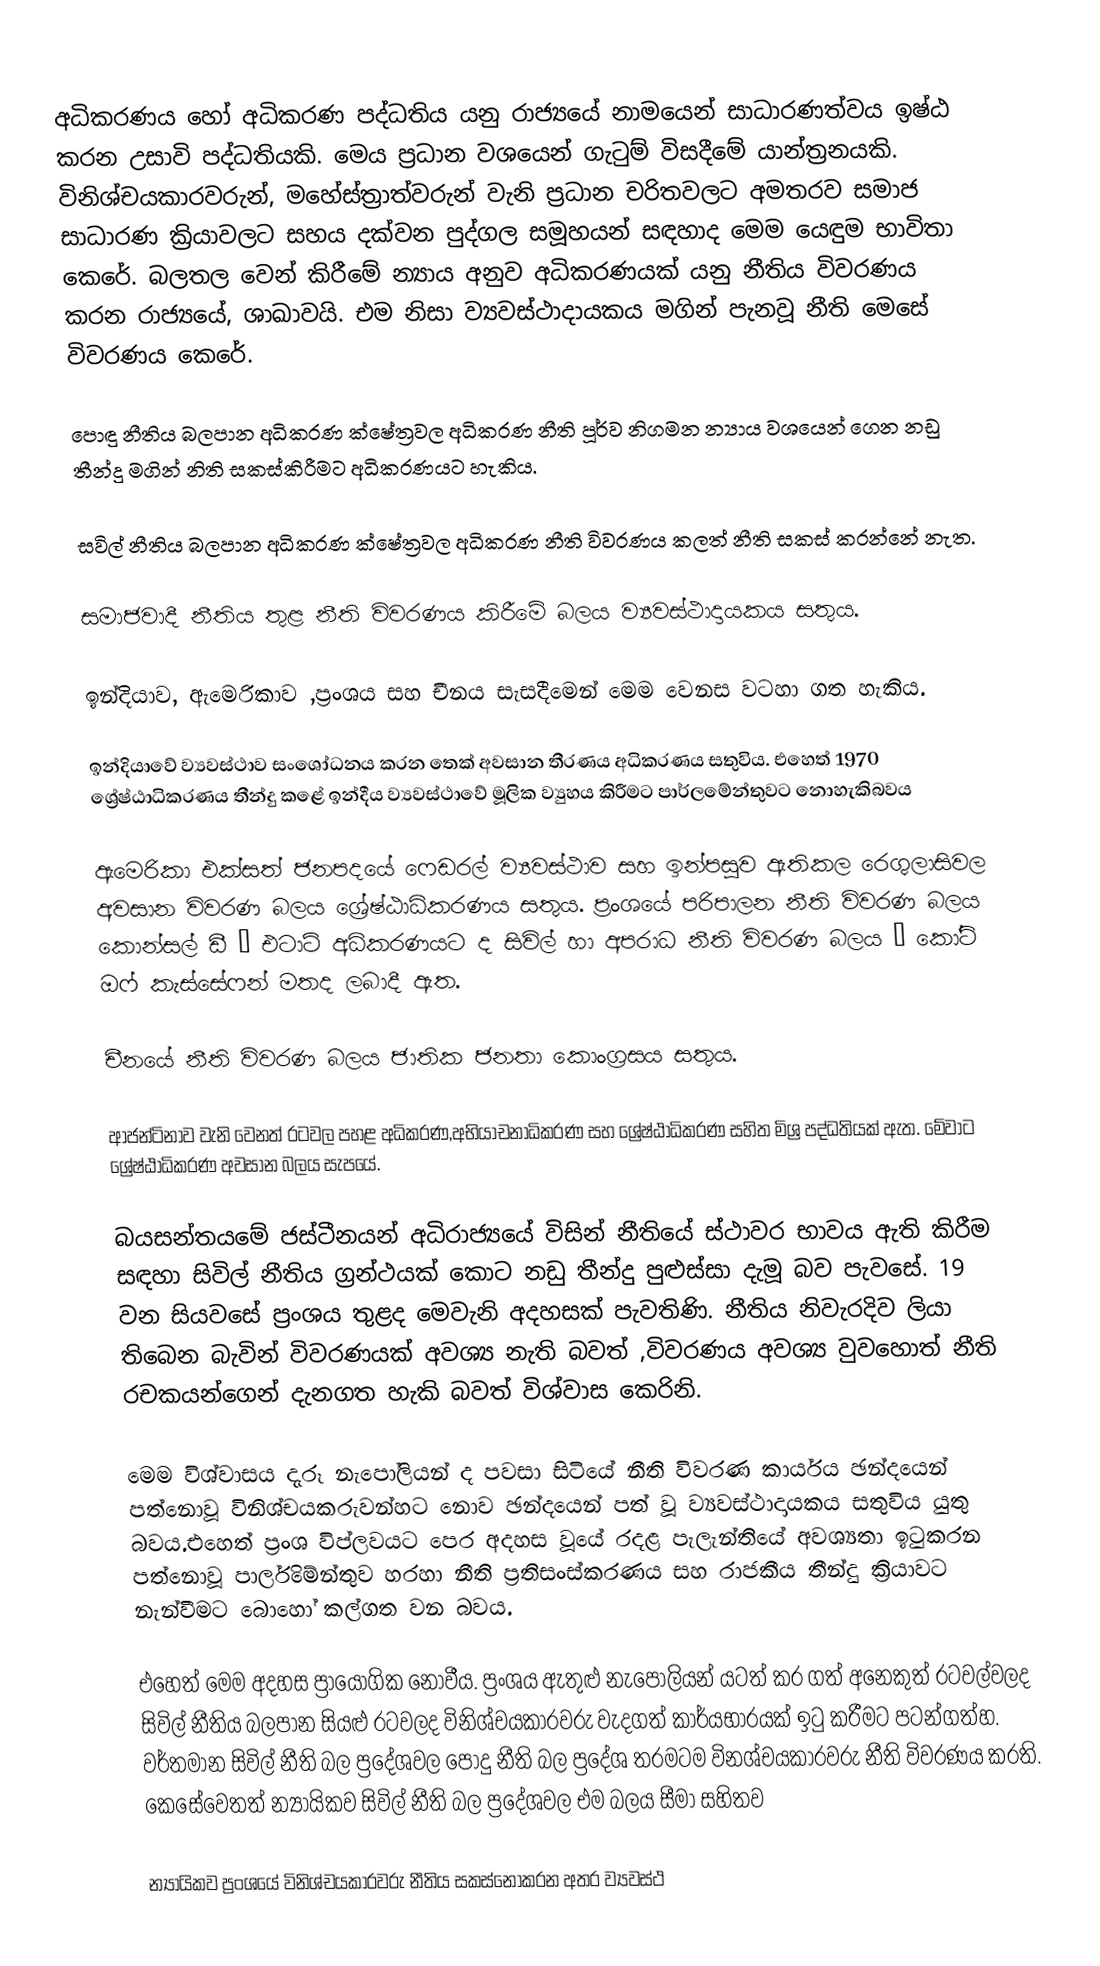
අධිකරණය හෝ අධිකරණ පද්ධතිය යනු රාජ්‍යයේ නාමයෙන් සාධාරණත්වය ඉෂ්ඨ කරන උසාවි පද්ධතියකි. මෙය ප්‍රධාන වශයෙන් ගැටුම් විසදීමේ යාන්ත්‍රනයකි. විනිශ්චයකාරවරුන්, මහේස්ත්‍රාත්වරුන් වැනි  ප්‍රධාන  චරිතවලට අමතරව සමාජ සාධාරණ ක්‍රියාවලට සහය දක්වන පුද්ගල සමූහයන් සඳහාද මෙම යෙඳුම භාවිතා කෙරේ. බලතල වෙන් කිරීමේ න්‍යාය අනුව අධිකරණයක් යනු නීතිය විවරණය කරන රාජ්‍යයේ, ශාඛාවයි. එම නිසා ව්‍යවස්ථාදායකය මගින් පැනවූ නීති මෙසේ විවරණය කෙරේ.

 පොඳු නීතිය බලපාන අධිකරණ ක්ෂේත්‍රවල අධිකරණ නීති පූර්ව නිගමන න්‍යාය වශයෙන් ගෙන නඩු තීන්දු මගින් නිති සකස්කිරීමට අධිකරණයට හැකිය.

 සවිල් නීතිය බලපාන අධිකරණ ක්ෂේත්‍රවල අධිකරණ නීති විවරණය කලත් නීති සකස් කරන්නේ නැත.

 සමාජවාදී නීතිය තුළ නීති විවරණය කිරීමේ බලය ව්‍යවස්ථාදායකය සතුය.

ඉන්දියාව, ඇමෙරිකාව ,ප්‍රංශය සහ චීනය සැසදීමෙන් මෙම වෙනස වටහා ගත හැකිය.

 ඉන්දියාවේ ව්‍යවස්ථාව සංශෝධනය කරන තෙක් අවසාන තීරණය අධිකරණය සතුවිය. එහෙත් 1970 ශ්‍රේෂ්ඨාධිකරණය තීන්දු කළේ ඉන්දීය ව්‍යවස්ථාවේ මූලික ව්‍යුහය කිරීමට පාර්ලමේන්තුවට නොහැකිබවය

  ඇමෙරිකා එක්සත් ජනපදයේ ෆෙඩරල් ව්‍යවස්ථාව සහ ඉන්පසුව ඇතිකල රෙගුලාසිවල අවසාන විවරණ බලය ශ්‍රේෂ්ඨාධිකරණය සතුය. ප්‍රංශයේ පරිපාලන නීති විවරණ බලය කොන්සල් ඩී “ එටාට් අධිකරණයට ද සිවිල් හා අපරාධ නීති විවරණ බලය ” කෝට් ඔෆ් කැස්සේෆන් මතද ලබාදී ඇත.

 චීනයේ නීති විවරණ බලය ජාතික ජනතා කොංග්‍රසය සතුය.

 ආජන්ටිනාව වැනි වෙනත් රටවල පහළ අධිකරණ,අභියාචනාධිකරණ සහ ශ්‍රේෂ්ඨාධිකරණ සහිත මිශ්‍ර පද්ධතියක් ඇත. මේවාට ශ්‍රේෂ්ඨාධිකරණ අවසාන බලය සැපයේ.

බයසන්තයමේ ජස්ටීනයන් අධිරාජ්‍යයේ විසින් නීතියේ ස්ථාවර භාවය ඇති කිරීම සඳහා සිවිල් නීතිය  ග්‍රන්ථයක් කොට නඩු තීන්දු පුළුස්සා දැමූ බව පැවසේ. 19 වන සියවසේ ප්‍රංශය තුළද මෙවැනි අදහසක් පැවතිණි. නීතිය නිවැරදිව ලියා තිබෙන බැවින් විවරණයක් අවශ්‍ය නැති බවත් ,විවරණය අවශ්‍ය වුවහොත් නීති රචකයන්ගෙන් දැනගත හැකි බවත් විශ්වාස කෙරිනි.

මෙම විශ්වාසය දැරූ නැපෝලියන් ද පවසා සිටියේ නීති විවරණ කාර්යය ඡන්දයෙන් පත්නොවූ විනිශ්චයකරුවන්හට නොව ඡන්දයෙන් පත් වූ ව්‍යවස්ථාදායකය සතුවිය යුතු බවය.එහෙත් ප්‍රංශ විප්ලවයට පෙර අදහස වූයේ රදළ පැලැන්තියේ අවශ්‍යතා ඉටුකරන පත්නොවූ පාර්ලිමේන්තුව හරහා නීති ප්‍රතිසංස්කරණය සහ රාජකීය තීන්දු ක්‍රියාවට නැන්වීමට බොහෝ කල්ගත වන බවය.

එහෙත් මෙම අදහස ප්‍රායෝගික නොවීය. ප්‍රංශය ඇතුළු නැපෝලියන් යටත් කර ගත් අනෙකුත් රටවල්වලද සිවිල් නීතිය බලපාන සියළු රටවලද විනිශ්චයකාරවරු වැදගත් කාර්යභාරයක් ඉටු කරීමට පටන්ගත්හ. වර්තමාන සිවිල් නීති බල ප්‍රදේශවල පොදු නීති බල ප්‍රදේශ තරමටම විනශ්චයකාරවරු නීති විවරණය කරති. කෙසේවෙතත් න්‍යායිකව  සිවිල් නීති බල ප්‍රදේශවල එම බලය සීමා සහිතව

න්‍යායිකව ප්‍රංශයේ විනිශ්චයකාරවරු නීතිය සකස්නොකරන අතර ව්‍යවස්ථ